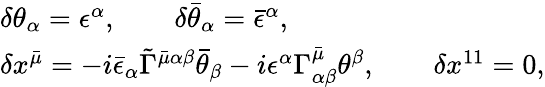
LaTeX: \begin{array}{l}{{\delta\theta_{\alpha}=\epsilon^{\alpha},\qquad\delta\bar{\theta}_{\alpha}=\bar{\epsilon}^{\alpha},}}\\ {{\delta x^{\bar{\mu}}=-i\bar{\epsilon}_{\alpha}\tilde{\Gamma}^{\bar{\mu}\alpha\beta}\bar{\theta}_{\beta}-i\epsilon^{\alpha}\Gamma_{\alpha\beta}^{\bar{\mu}}\theta^{\beta},\qquad\delta x^{11}=0,}}\end{array}